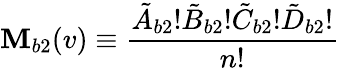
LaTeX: \mathbf{M}_{b2}(v)\equiv\frac{{\tilde{{A}}_{b2}!\tilde{{B}}_{b2}!\tilde{{C}}_{b2}!\tilde{{D}}_{b2}!}}{{n!}}